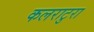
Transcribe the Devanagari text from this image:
कलराटुरा